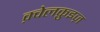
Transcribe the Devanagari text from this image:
क़्वेलक़ुइज़